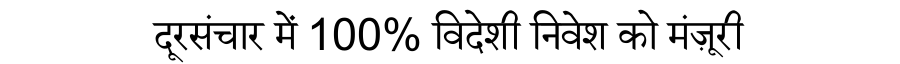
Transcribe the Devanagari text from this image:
दूरसंचार में 100% विदेशी निवेश को मंज़ूरी